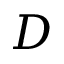
D